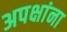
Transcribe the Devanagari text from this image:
अपक्षांना